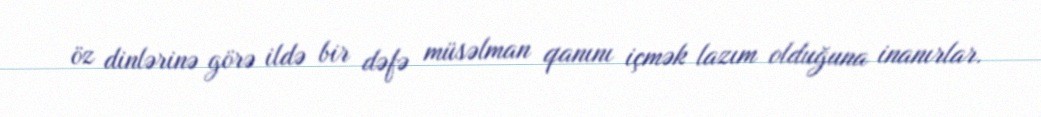
öz dinlərinə görə ildə bir dəfə müsəlman qanını içmək lazım olduğuna inanırlar.